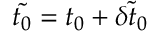
\tilde { t _ { 0 } } = t _ { 0 } + \tilde { \delta t _ { 0 } }